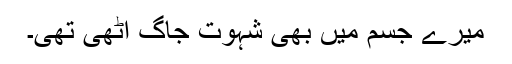
میرے جسم میں بھی شہوت جاگ اٹھی تھی۔